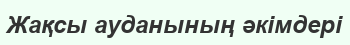
Жақсы ауданының әкімдері